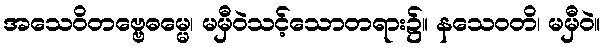
အသေဝိတဗ္ဗေဓမ္မေ၊ မမှီဝဲသင့်သောတရား၌။ နသေဝတိ၊ မမှီဝဲ။